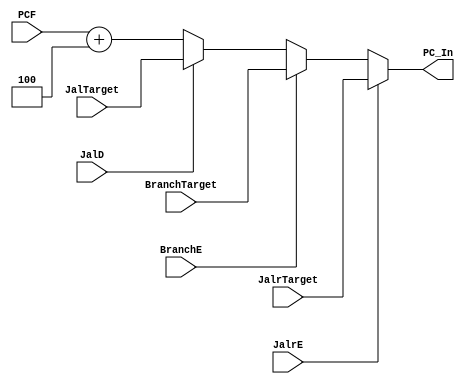
`timescale 1ns / 1ps
//////////////////////////////////////////////////////////////////////////////////
// Company: USTC ESLABEmbeded System Lab
// Design Name: RISCV-Pipline CPU
// Module Name: NPC_Generator
// Target Devices: Nexys4
// Tool Versions: Vivado 2017.4.1
// Description: Choose Next PC value
//////////////////////////////////////////////////////////////////////////////////
module NPC_Generator(
    input wire [31:0] PCF,JalrTarget, BranchTarget, JalTarget,
    input wire BranchE,JalD,JalrE,
    output reg [31:0] PC_In
    );
    //
    //
    //Jalr=Br > Jal (JalrBr)
    always@(*)
    begin
        if(JalrE)begin PC_In<=JalrTarget; end
        else if(BranchE)begin PC_In<=BranchTarget; end
        else if(JalD)begin PC_In<=JalTarget; end
        else begin PC_In<=PCF+4; end
    end 

endmodule

//
    //NPC_GeneratorNext PCPC
//
    //PCF              PC
    //JalrTarget       jalr
    //BranchTarget     branch
    //JalTarget        jal
    //BranchE==1       ExBranch
    //JalD==1          IDJal
    //JalrE==1         ExJalr
//
    //PC_In            NPC
//  
    //NPC_Generator